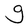
Character: g